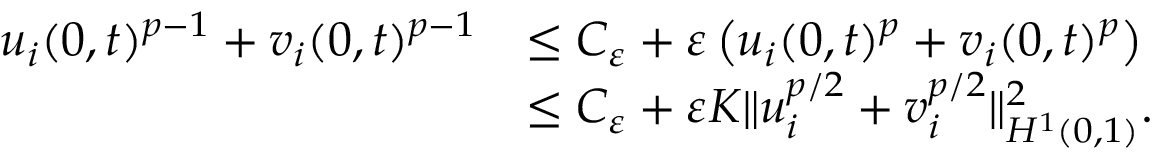
\begin{array} { r l } { u _ { i } ( 0 , t ) ^ { p - 1 } + v _ { i } ( 0 , t ) ^ { p - 1 } } & { \le C _ { \varepsilon } + \varepsilon \left( u _ { i } ( 0 , t ) ^ { p } + v _ { i } ( 0 , t ) ^ { p } \right) } \\ & { \le C _ { \varepsilon } + \varepsilon K \| u _ { i } ^ { p / 2 } + v _ { i } ^ { p / 2 } \| _ { H ^ { 1 } ( 0 , 1 ) } ^ { 2 } . } \end{array}